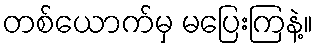
တစ်ယောက်မှ မပြေးကြနဲ့။